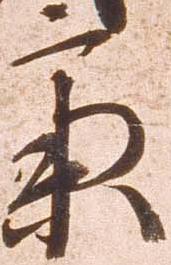
斎